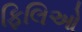
ફિલિઓ